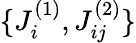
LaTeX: \{ J_{i}^{(1)},J_{ij}^{(2)}\}